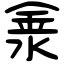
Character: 淾